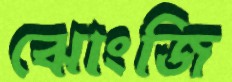
ঝোংজি